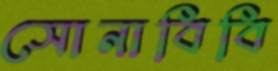
সোনাবিবি